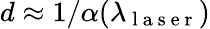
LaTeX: d\approx 1/\alpha(\lambda_{\mathrm{~l~a~s~e~r~}})